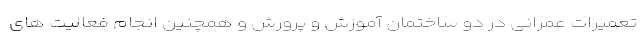
تعمیرات عمرانی در دو ساختمان آموزش و پرورش و همچنین انجام فعالیت های